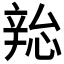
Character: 𫐜